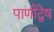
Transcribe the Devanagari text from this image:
पाणीद्वेष